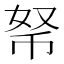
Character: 𢂬